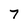
Character: 7